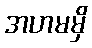
အဟမမှိ